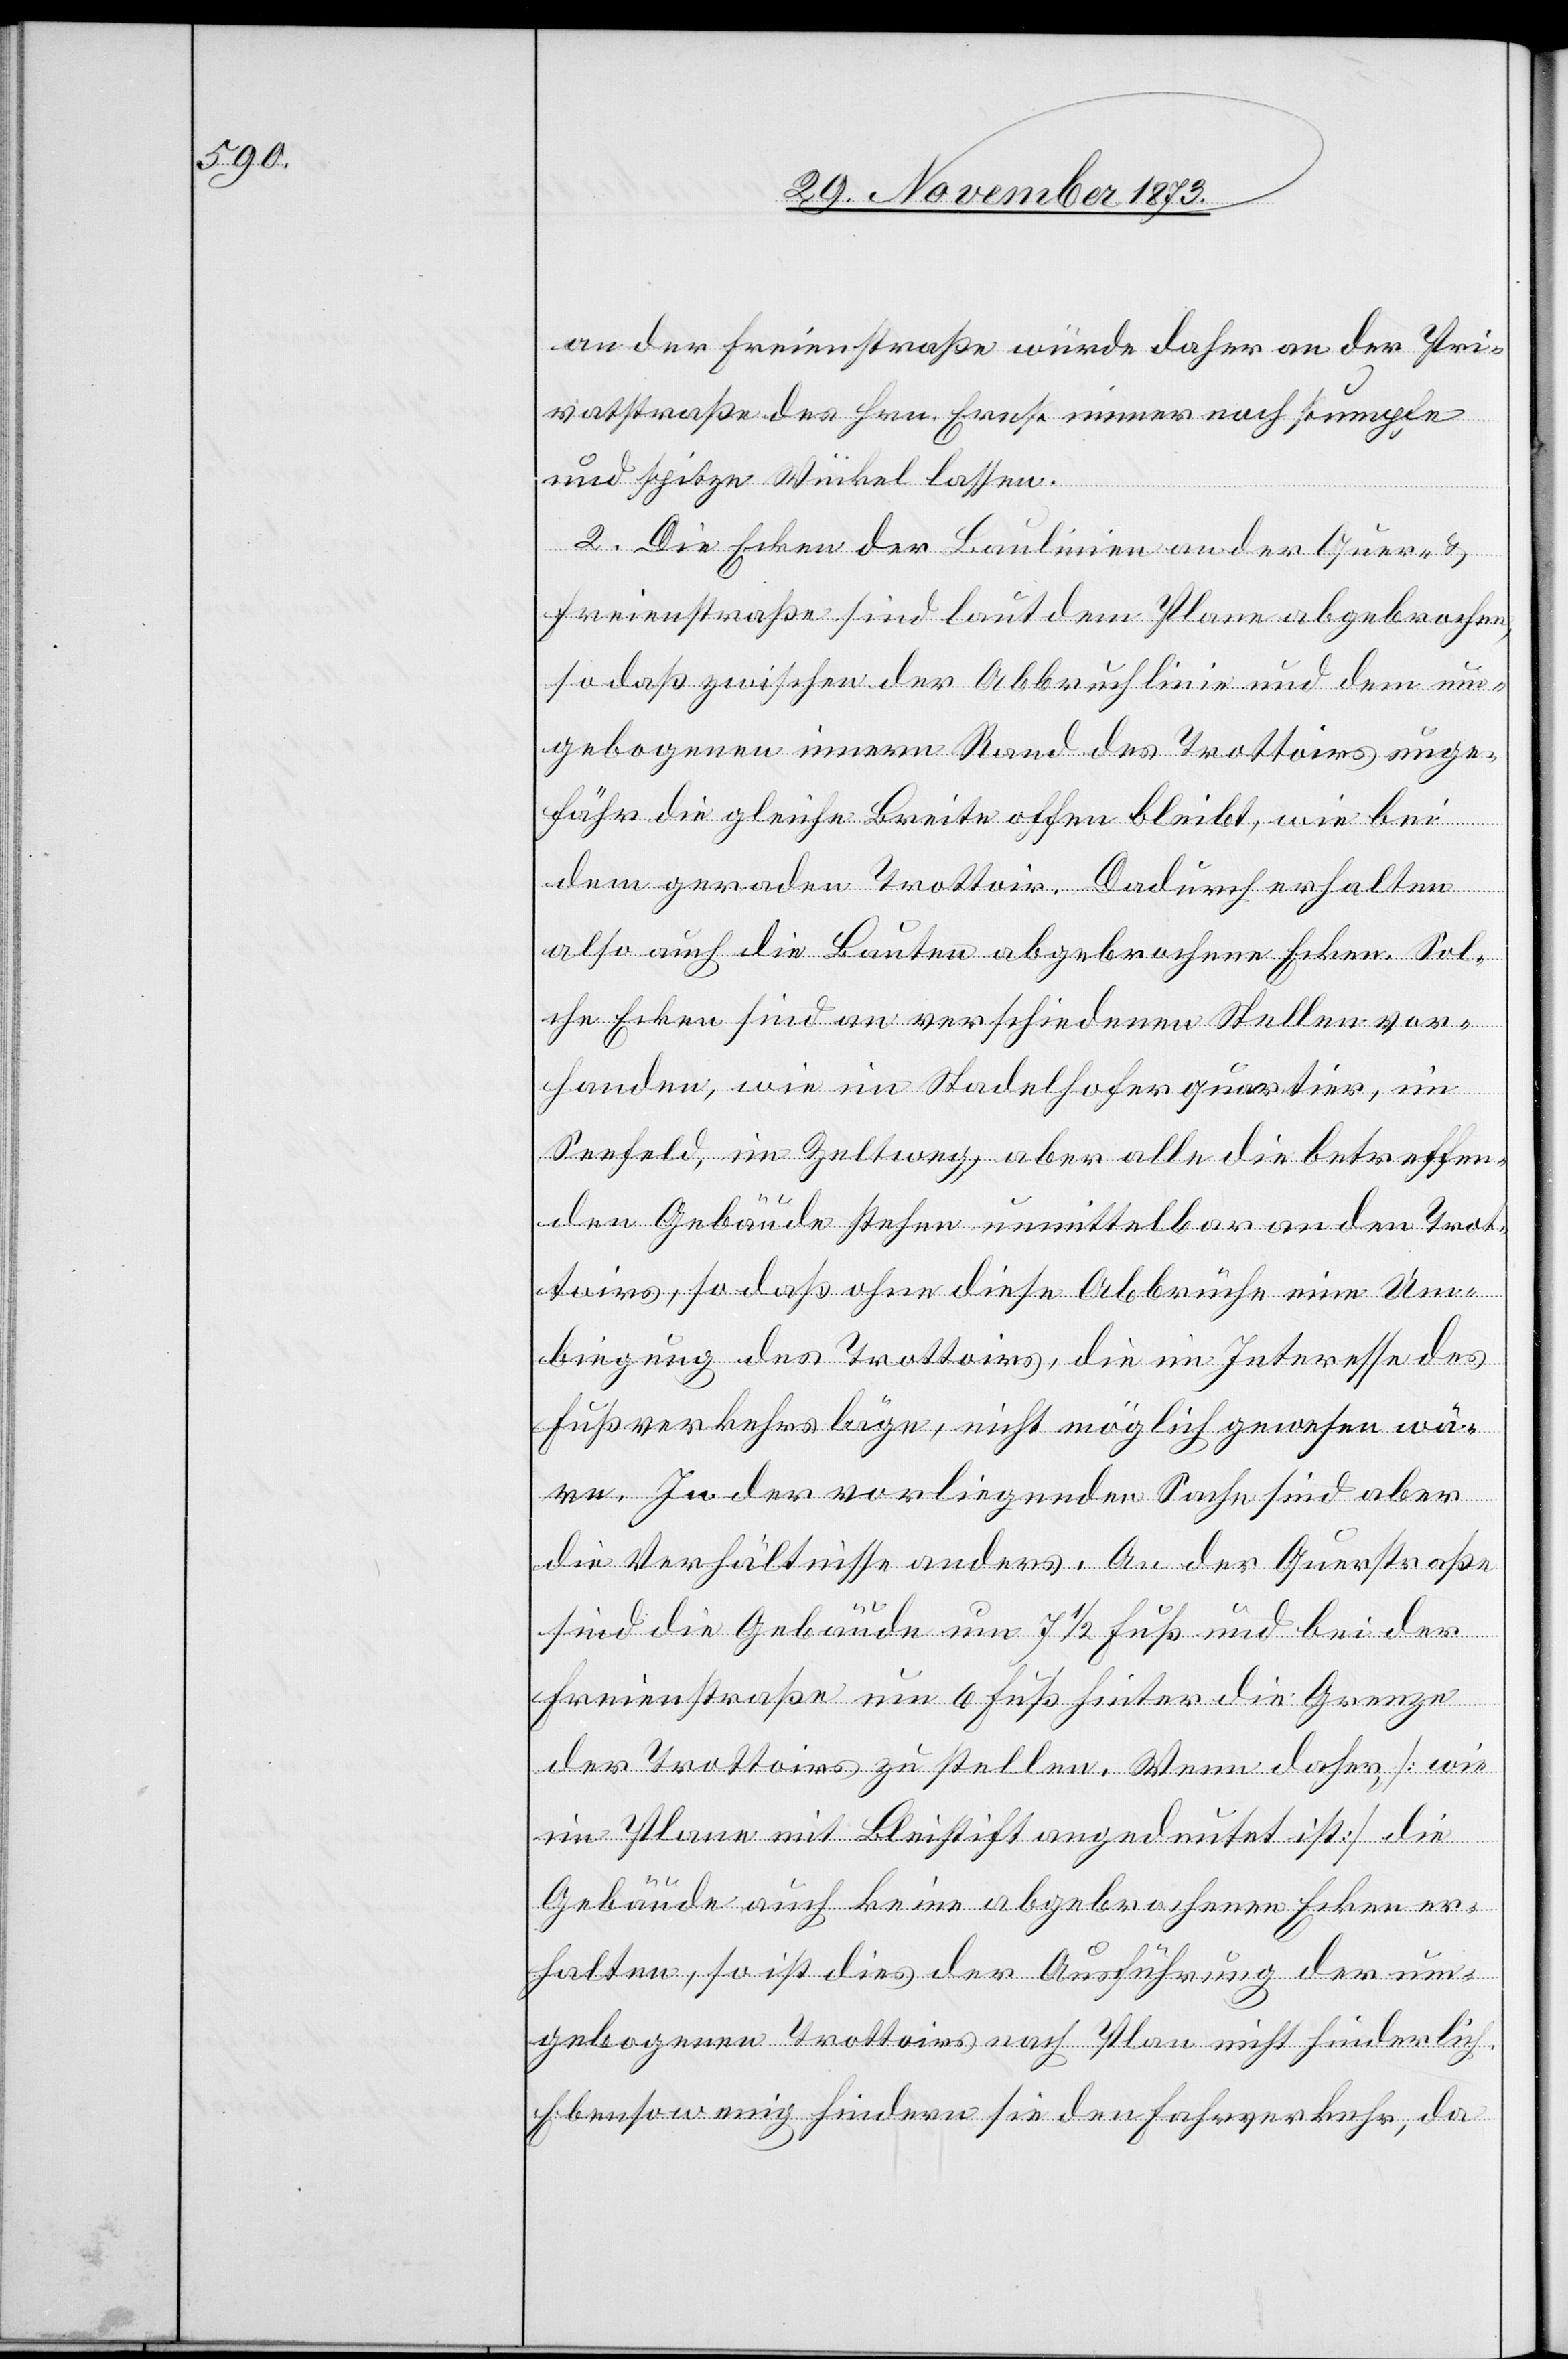
an der Freienstraße würde daher an der Pri¬
vatstraße des Hrn. Ernst immer noch stumpfe
und spitze Winkel lassen.
2. Die Ecken der Baulinien an der Quer- &
Freienstraße sind laut dem Plane abgebrochen,
so daß zwischen der Abbruchlinie und dem um¬
gebogenen innern Rand des Trottoirs unge¬
fähr die gleiche Breite offen bleibt, wie bei
dem geraden Trottoir. Dadurch erhalten
also auch die Bauten abgebrochene Ecken. Sol¬
che Ecken sind an verschiedenen Stellen vor¬
handen, wie im Stadelhoferquartier, im
Seefeld, im Zeltweg, aber alle die betreffen¬
den Gebäude stehen unmittelbar an den Trot¬
toirs, so daß ohne diese Abbrüche eine Um¬
biegung des Trottoirs, die im Interesse des
Fußverkehrs läge, nicht möglich gewesen wä¬
re. In der vorliegenden Sache sind aber
die Verhältnisse anders. An der Querstraße
sind die Gebäude um 7 1/2 Fuß und bei der
Freienstraße um 6 Fuß hinter die Grenze
der Trottoirs zu stellen. Wenn daher, [wie
im Plane mit Bleistift angedeutet ist] die
Gebäude auch keine abgebrochenen Ecken er¬
halten, so ist dies der Ausführung der um¬
gebogenen Trottoirs nach Plan nicht hinderlich.
Ebenso wenig hindern sie den Fahrverkehr, da